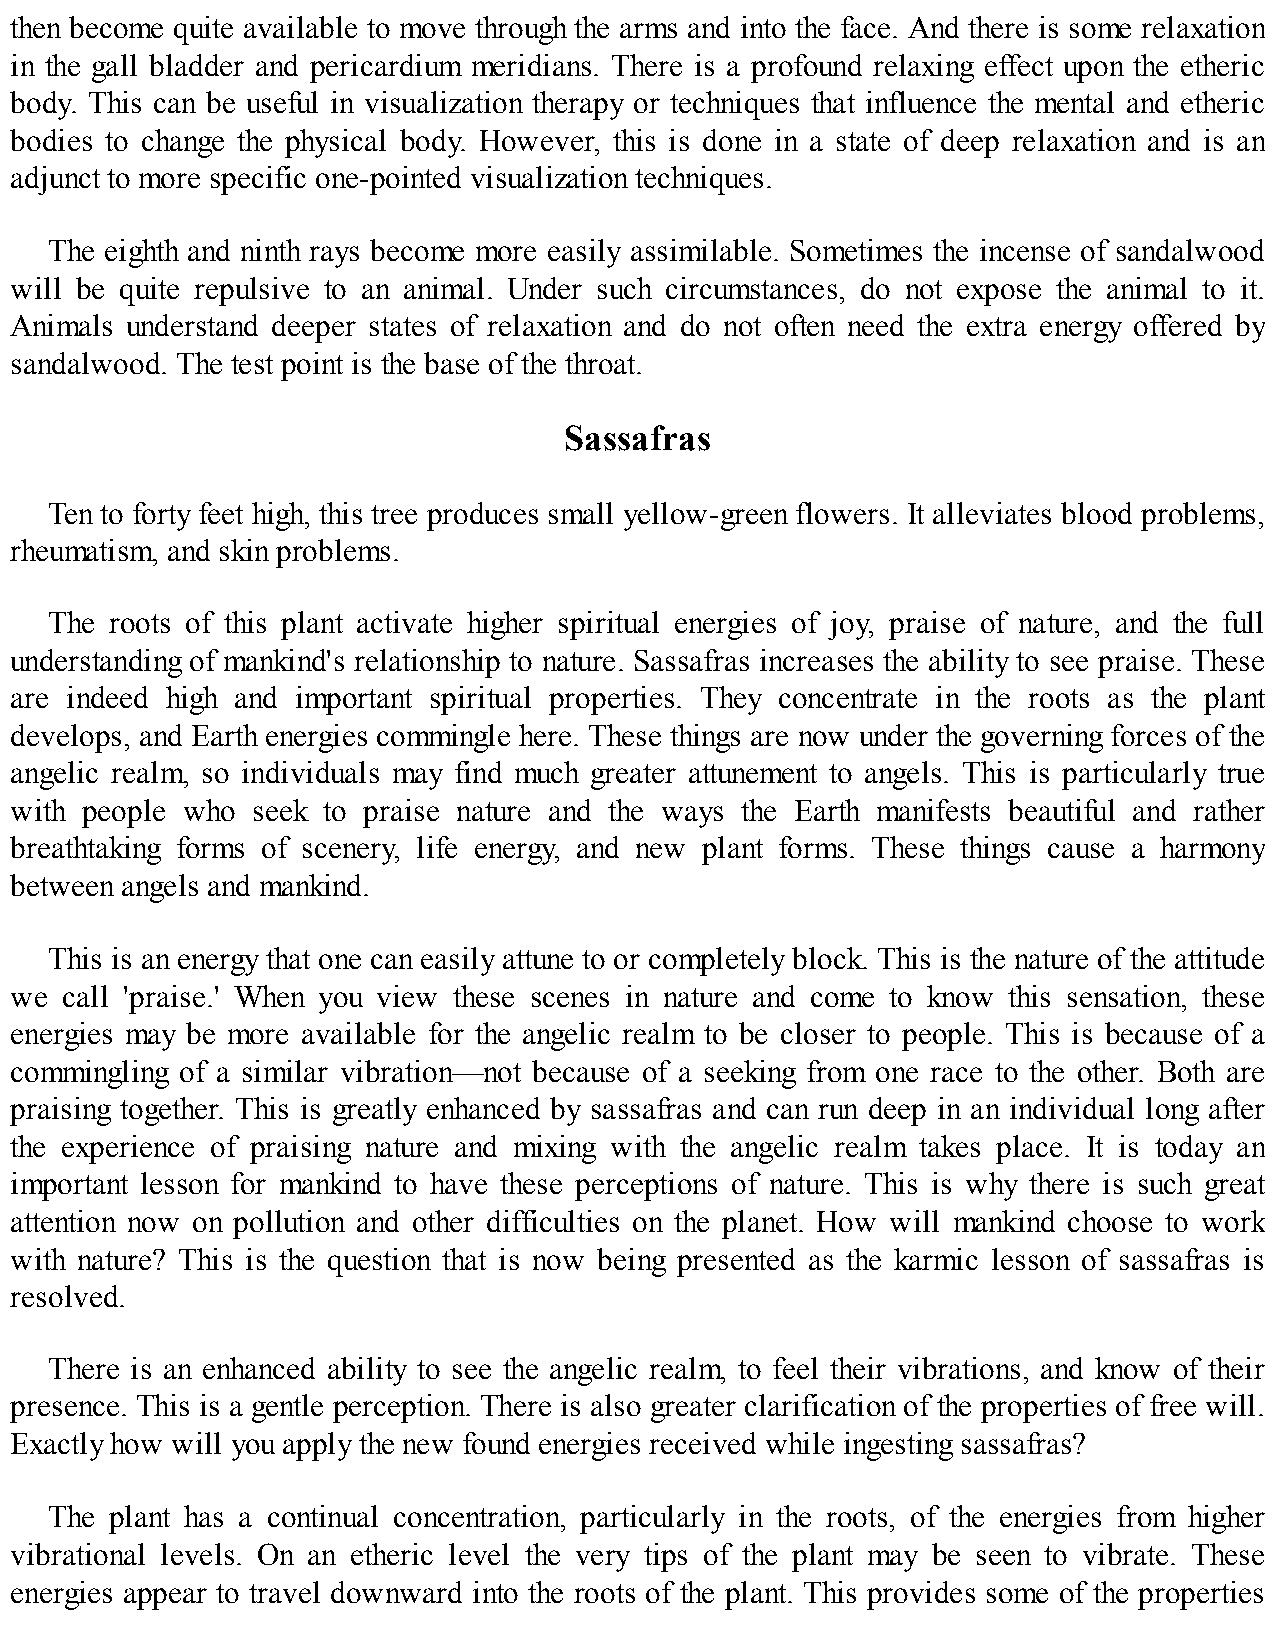
then become quite available to move through the arms and into the face. And there is some relaxation
 in the gall bladder and pericardium meridians. There is a profound relaxing effect upon the etheric
 body. This can be useful in visualization therapy or techniques that influence the mental and etheric
 bodies to change the physical body. However, this is done in a state of deep relaxation and is an
 adjunct to more specific one-pointed visualization techniques.
 The eighth and ninth rays become more easily assimilable. Sometimes the incense of sandalwood
 will be quite repulsive to an animal. Under such circumstances, do not expose the animal to it.
 Animals understand deeper states of relaxation and do not often need the extra energy offered by
 sandalwood. The test point is the base of the throat.
 Sassafras
 Ten to forty feet high, this tree produces small yellow-green flowers. It alleviates blood problems,
 rheumatism, and skin problems.
 The roots of this plant activate higher spiritual energies of joy, praise of nature, and the full
 understanding of mankind's relationship to nature. Sassafras increases the ability to see praise. These
 are indeed high and important spiritual properties. They concentrate in the roots as the plant
 develops, and Earth energies commingle here. These things are now under the governing forces of the
 angelic realm, so individuals may find much greater attunement to angels. This is particularly true
 with people who seek to praise nature and the ways the Earth manifests beautiful and rather
 breathtaking forms of scenery, life energy, and new plant forms. These things cause a harmony
 between angels and mankind.
 This is an energy that one can easily attune to or completely block. This is the nature of the attitude
 we call 'praise.' When you view these scenes in nature and come to know this sensation, these
 energies may be more available for the angelic realm to be closer to people. This is because of a
 commingling of a similar vibration—not because of a seeking from one race to the other. Both are
 praising together. This is greatly enhanced by sassafras and can run deep in an individual long after
 the experience of praising nature and mixing with the angelic realm takes place. It is today an
 important lesson for mankind to have these perceptions of nature. This is why there is such great
 attention now on pollution and other difficulties on the planet. How will mankind choose to work
 with nature? This is the question that is now being presented as the karmic lesson of sassafras is
 resolved.
 There is an enhanced ability to see the angelic realm, to feel their vibrations, and know of their
 presence. This is a gentle perception. There is also greater clarification of the properties of free will.
 Exactly how will you apply the new found energies received while ingesting sassafras?
 The plant has a continual concentration, particularly in the roots, of the energies from higher
 vibrational levels. On an etheric level the very tips of the plant may be seen to vibrate. These
 energies appear to travel downward into the roots of the plant. This provides some of the properties